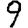
Digit: 9